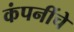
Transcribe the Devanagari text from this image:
कंपनींचे